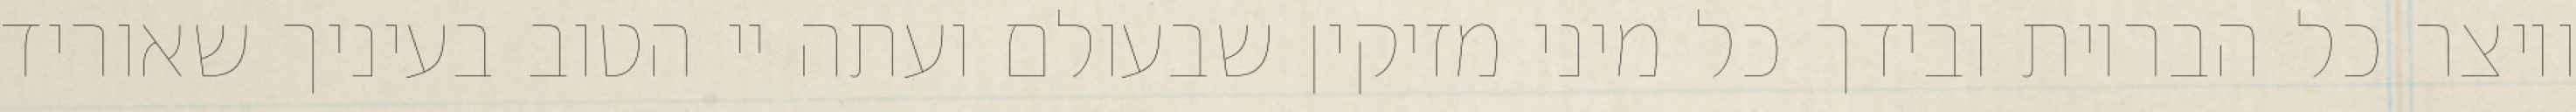
ויוצר כל הבריות ובידך כל מיני מזיקין שבעולם ועתה יי הטוב בעיניך שאוריד